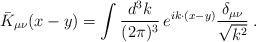
LaTeX: \begin{align*}{\bar K}_{\mu \nu}(x-y) = \int \frac{d^3k}{(2\pi)^3} \, e^{i k\cdot (x-y)} \frac{ \delta_{\mu\nu}}{\sqrt{k^2}}\;.\end{align*}